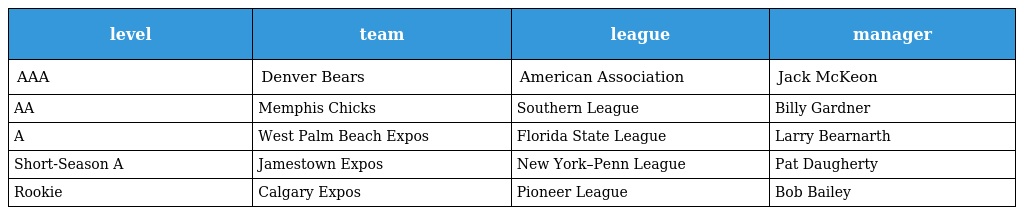
| level | team | league | manager |
 | --- | --- | --- | --- |
 | AAA | Denver Bears | American Association | Jack McKeon |
 | AA | Memphis Chicks | Southern League | Billy Gardner |
 | A | West Palm Beach Expos | Florida State League | Larry Bearnarth |
 | Short-Season A | Jamestown Expos | New York–Penn League | Pat Daugherty |
 | Rookie | Calgary Expos | Pioneer League | Bob Bailey |